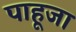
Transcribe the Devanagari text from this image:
पाहूजा